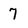
Character: 7